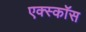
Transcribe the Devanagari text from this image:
एक्स्कॉस